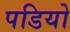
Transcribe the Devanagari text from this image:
पडियो